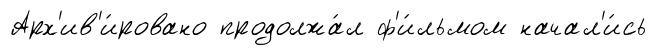
Арх'ив'и́ровано продолжа́л ф'и́льмом начал'и́сь